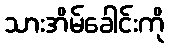
သားအိမ်ခေါင်းကို